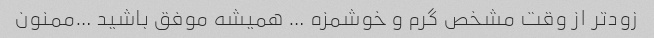
زودتر از وقت مشخص گرم و خوشمزه … همیشه موفق باشید …ممنون